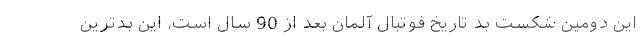
این دومین شکست بد تاریخ فوتبال آلمان بعد از 90 سال است، این بدترین